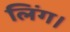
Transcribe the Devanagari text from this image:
लिंग।